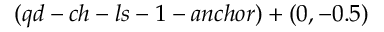
( q d - c h - l s - 1 - a n c h o r ) + ( 0 , - 0 . 5 )